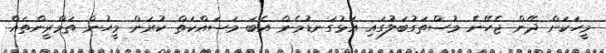
މީހަކަށް ދޭން ޖެހޭނެ މުސްތަގުބަލުގައި އަޅުގަނޑުމެން އެބަ މަސައްކަތް ކުރަން މީހުން ތަމްރީންތައް